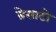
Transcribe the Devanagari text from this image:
ब्रेसाटो